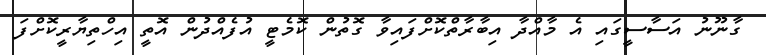
ގާނޫނު އަސާސީގައި އެ މާއްދާ އިބާރާތްކޮށްފައިވާ ގޮތުން ކޮމެޓީ އުފެއްދުން އޮތީ އިހްތިޔާރީކޮށްފަ